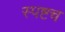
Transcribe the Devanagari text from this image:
स्पष्टच